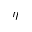
\eta